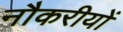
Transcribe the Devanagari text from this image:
नौकरीयों